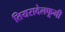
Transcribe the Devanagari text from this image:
तियरादेलफूगी